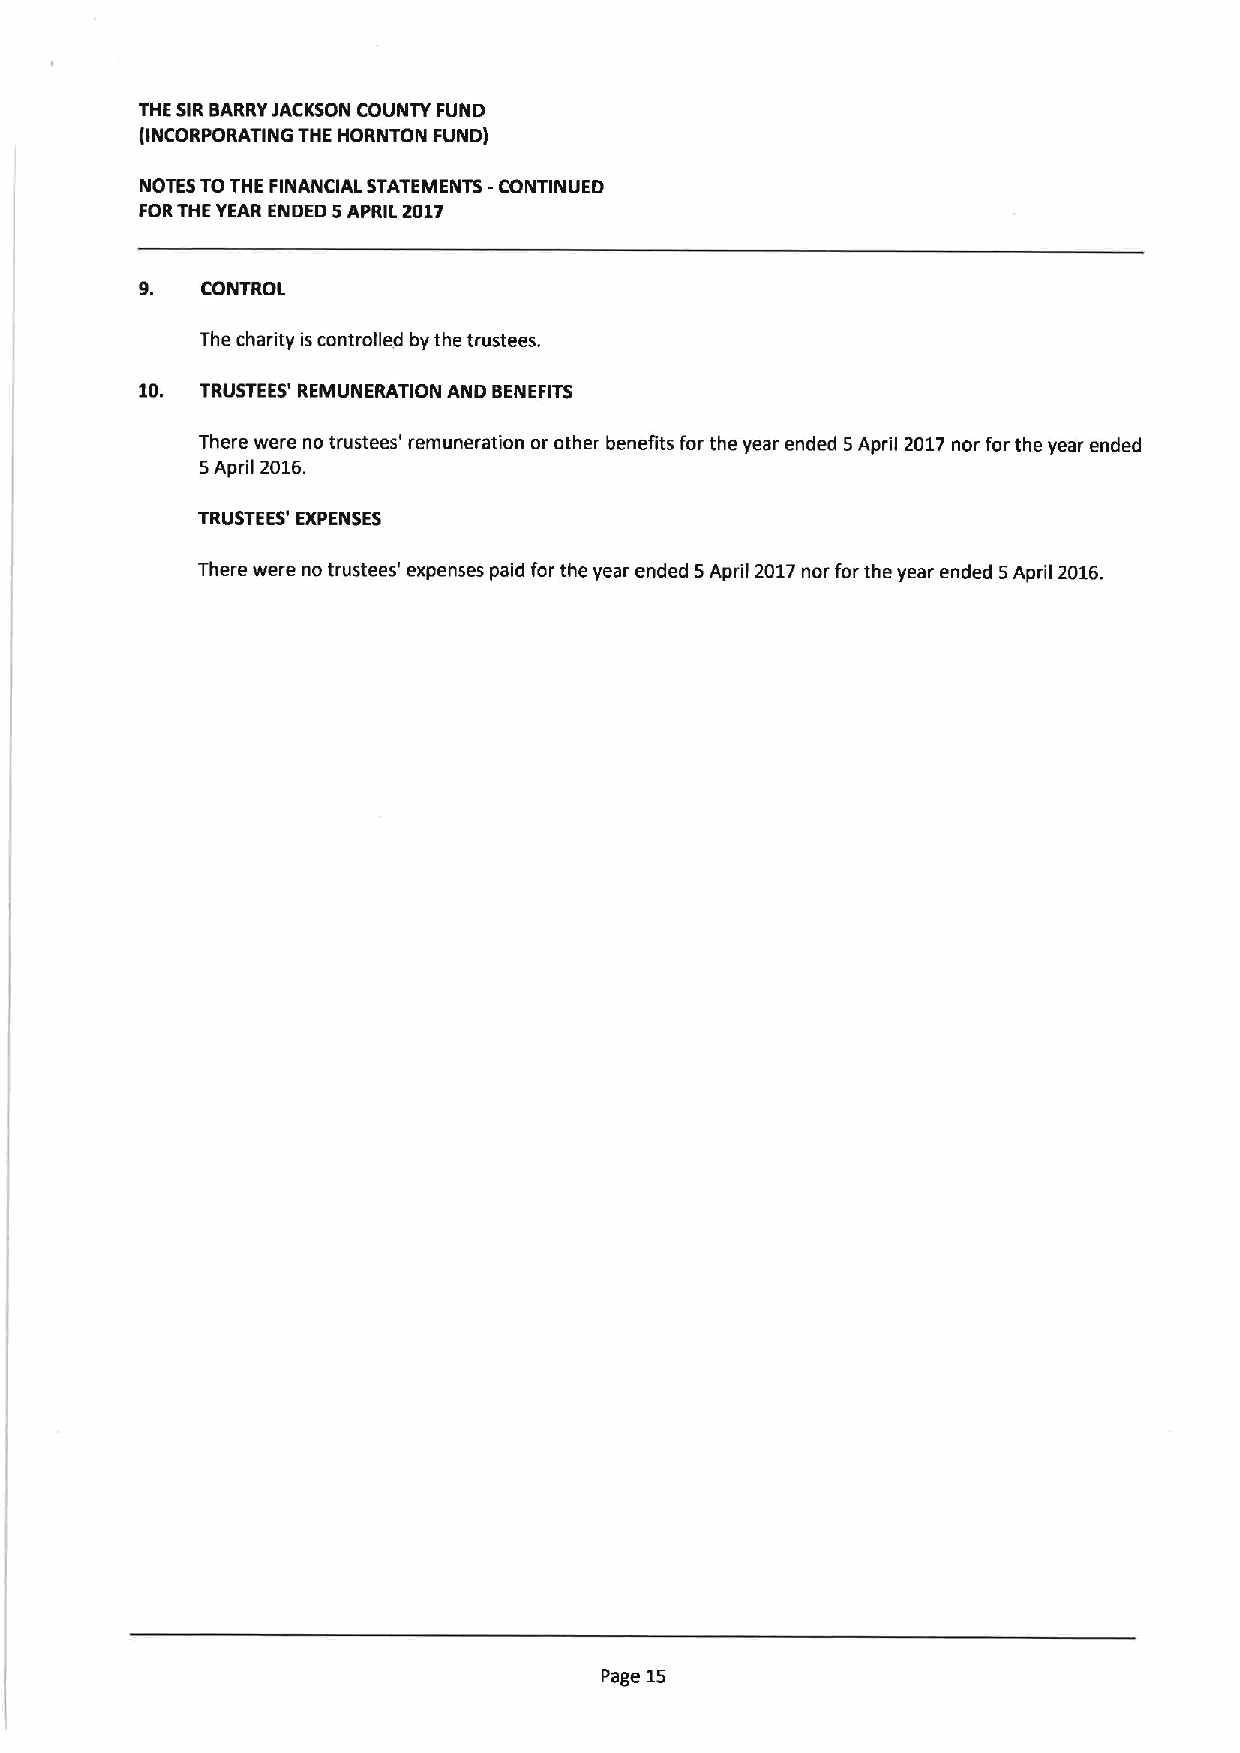
THE SIRBARRYJACKSON COUNTY FUND
 (INCORPORATING THE HORNTON FUND)
 NOTES TOTHE FINANCIAL STATEMENTS -CONTINUED
 FORTHE YEAR ENDED 5APRIL 2017
 9.  CONTROL
 The charity iscontrolled by the trustees.
 10. TRUSTEES' REMUNERATION AND BENEFITS
 There were no trustees' remuneration or other benefits for the year ended 5April 2017nor for the year ended
 5April 2016.
 TRUSTEES' EXPENSES
 There were no trustees' expenses paid for the year ended 5April 2017nor for the year ended 5April 2016.
 Page 15